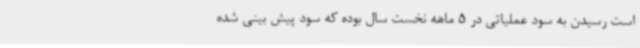
است رسیدن به سود عملیاتی در 5 ماهه نخست سال بوده که سود پیش بینی شده